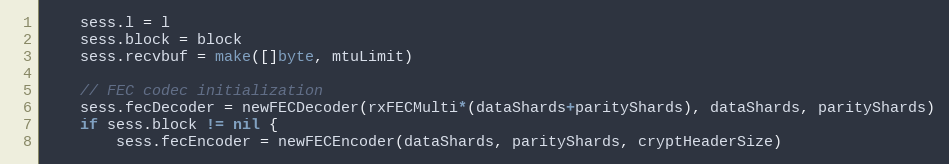
Language: Go
	sess.l = l
	sess.block = block
	sess.recvbuf = make([]byte, mtuLimit)

	// FEC codec initialization
	sess.fecDecoder = newFECDecoder(rxFECMulti*(dataShards+parityShards), dataShards, parityShards)
	if sess.block != nil {
		sess.fecEncoder = newFECEncoder(dataShards, parityShards, cryptHeaderSize)